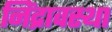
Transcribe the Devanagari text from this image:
निंद्रावस्था